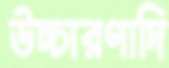
উচ্চারণাদি